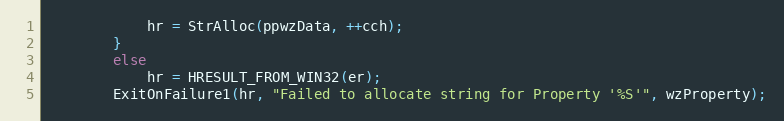
Language: C++
			hr = StrAlloc(ppwzData, ++cch);
		}
		else
			hr = HRESULT_FROM_WIN32(er);
		ExitOnFailure1(hr, "Failed to allocate string for Property '%S'", wzProperty);